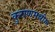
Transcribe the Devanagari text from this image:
कुराणमधील